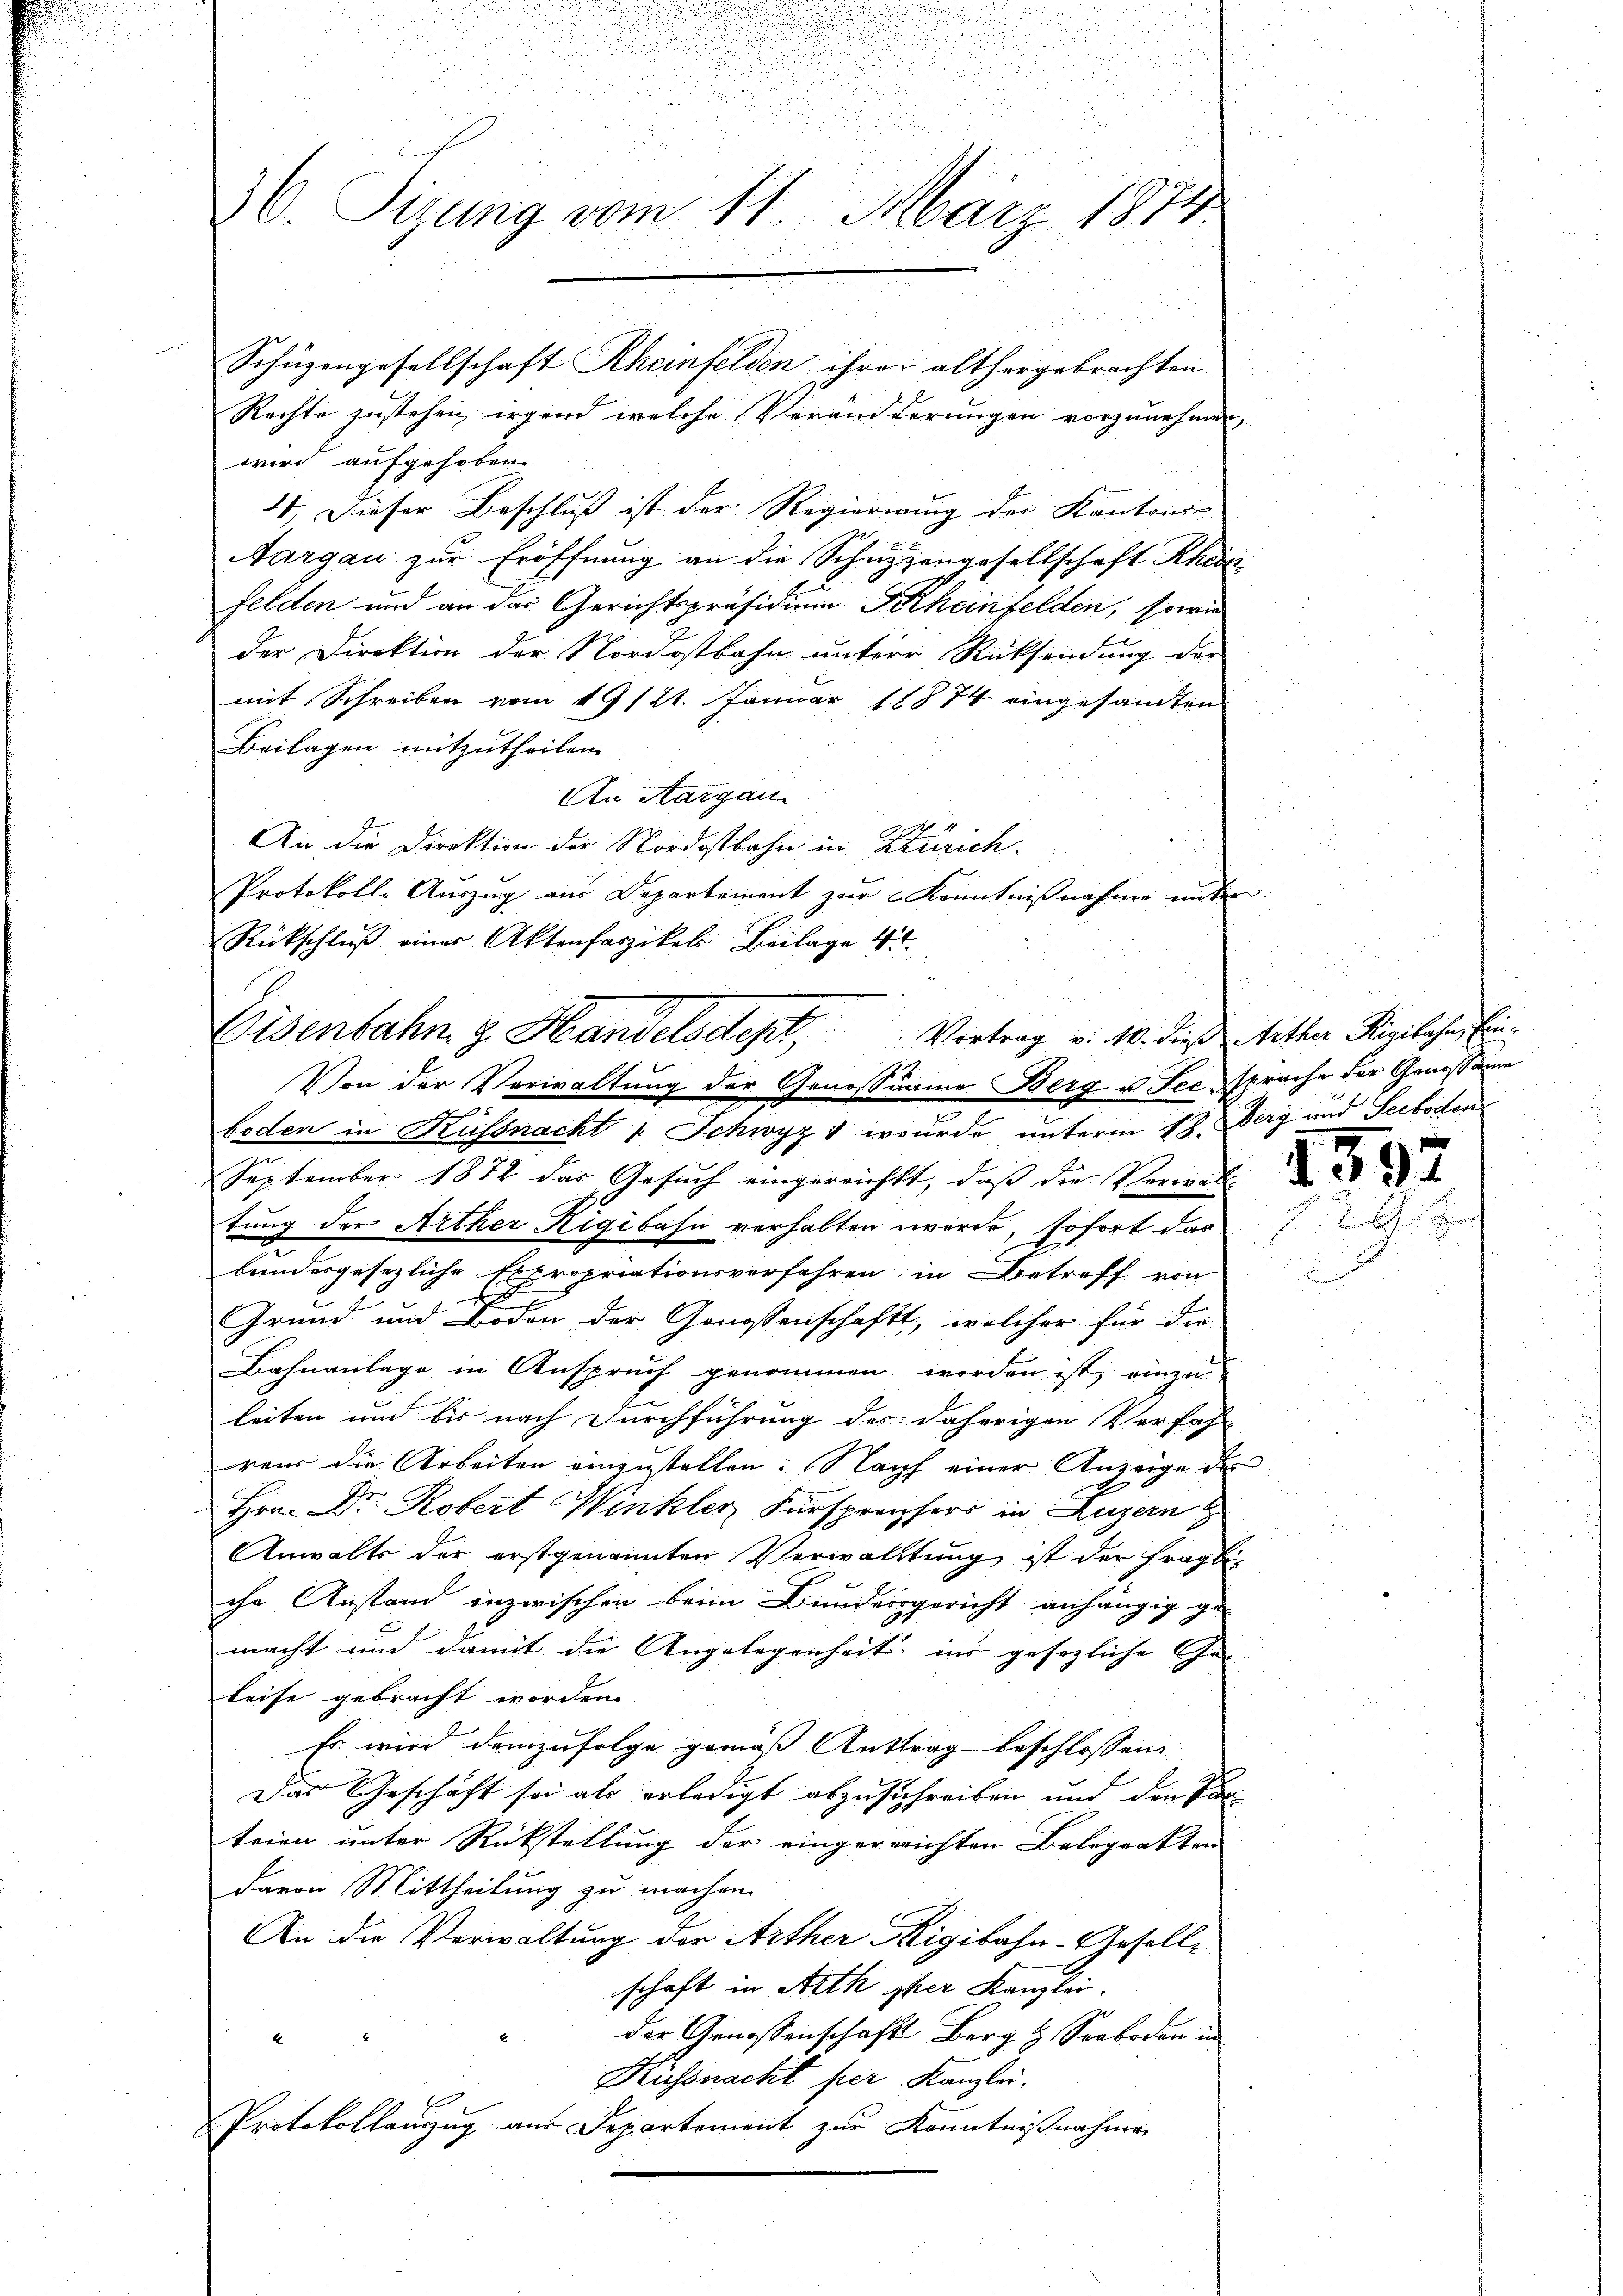
36. Sizung vom 11. März 1874.

Rechte zustehen, irgend welche Veränderungen vorzunehmen,
wird aufgehoben.
4. Dieser Beschluß ist der Regierung der Kantons-
Aargau zur Eröffnung an die Schutzengesellschaft Rhein
felden und an das Gerichtspräsidium Scheinfelden, sowie
der Direktion der Nordostbahn untere Rücksendung der
mit Schreiben vom 19/21. Januar 18874 eingesandten
Beilagen mitzutheilen.
An Aargau.
An die Direktion der Nordostbahn in Zürich.
Protokoll- Auszug aus Departement zur Kenntnißnahme unter
Rückschluß einer Aktenfaszikel Beilage 4
boden in Küssnacht " Schwyz 1 wurde, unterm 13. Berg und Seeboden
September 1872 das Gesuch eingereichtt, daß die Verwalt
tung der Arther Rigibahn verhalten wurde, sofort das
bundesgesezliche Expropriationsverfahren in Betreff von
Grund und Boden der Genossenschaft, welcher für die
Bahnanlage in Anspruch genommen worden ist, einzuleiten und bis nach Durchführung des daherigen Verfahr
reur die Arbeiten einzustellen. Nach einer Anzeige des
Hrn. Dr. Robert Winkler Fürsprechers in Luzern
Anwalts der erstgenannten Verwalttung ist der fragliche Anstand inzwischen beim Bundersgericht anhängig ge-
macht und damit die Angelegenheit, ins gesezliche Ge- |
leise gebracht worden.
Es wird demzufolge gemäss Anttrag beschlossen
Das Geschäft sei als erledigt abzuschreiben und den Kanteien unter Rückstellung der eingereichten Baloprakten
davon Mittheilung zu machen.
An die Verwaltung der Arther Rigibahn-Gesell-
schaft in Aeth ster Kanzlei.
der Genossenschafts Berg & Seeboden in
4
Küssnacht per Kanzlei.
Protokollauszug aus Departement zur Kenntnißnahmen

Eisenbahn z. Handelsdept,

Schüzengesellschaft Rheinfelden ihre althergebrachten

Vortrag v. 10. dieß Arther Rigilahn, Ein¬
Von der Verwaltung der Genossamme Berg u. See sprache der Genossame

39